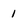
Character: 1